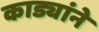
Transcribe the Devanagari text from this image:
काड्यांने